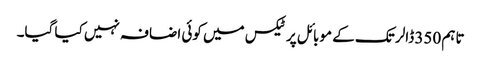
تاہم 350 ڈالر تک کے موبائل پر ٹیکس میں کوئی اضافہ نہیں کیا گیا۔